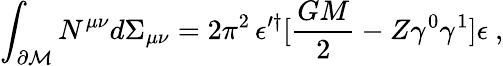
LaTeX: \int_{\partial{\cal M}}N^{\mu\nu}d\Sigma_{\mu\nu}=2\pi^{2}\, \epsilon^{\prime\dagger}[{\frac{GM}{2}}-Z\gamma^{0}\gamma^{1}]\epsilon\ ,